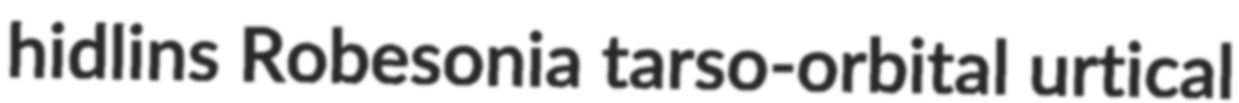
hidlins Robesonia tarso-orbital urtical